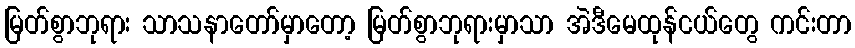
မြတ်စွာဘုရား သာသနာတော်မှာတော့ မြတ်စွာဘုရားမှာသာ အဲဒီမေထုန်ငယ်တွေ ကင်းတာ